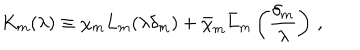
K _ { m } ( \lambda ) \equiv \chi _ { m } L _ { m } ( \lambda \delta _ { m } ) + \bar { \chi } _ { m } \bar { L } _ { m } \left( \frac { \delta _ { m } } { \lambda } \right) \, ,